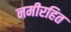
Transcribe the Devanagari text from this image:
नमीरहित